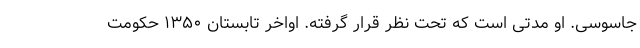
جاسوسی. او مدتی است که تحت نظر قرار گرفته. اواخر تابستان ۱۳۵۰ حکومت